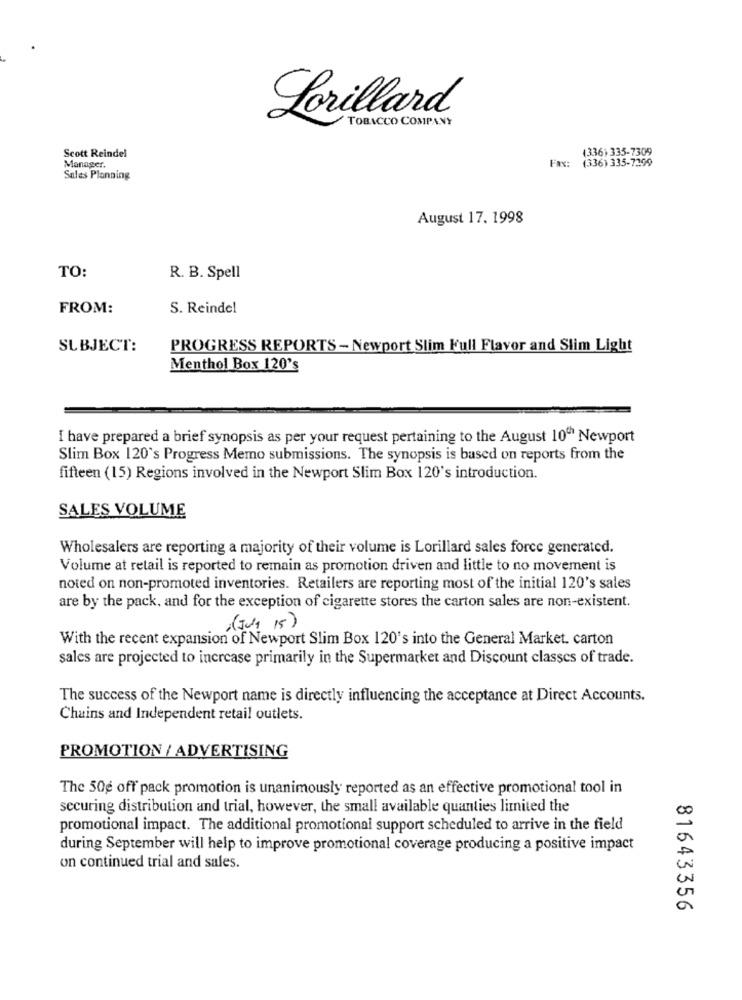
Lorillard
TOBACCO COMPANY
Scott Reindel
(336) 335-7309
Fax:
(336) 335-7299
Manager.
Sales Planning
August 17. 1998
TO:
R. B. Spell
FROM:
S. Reindel
SUBJECT:
PROGRESS REPORTS - Newport Slim Kull Flavor and Slim Light
Menthol Box 120's
I have prepared a brief synopsis as per your request pertaining to the August 10th Newport
Slim Box 120's Progress Memo submissions. The synopsis is based on reports from the
fifteen (15) Regions involved in the Newport Slim Box 120's introduction.
SALES VOLUME
Wholesalers are reporting a majority of their volume is Lorillard sales force generated.
Volume at retail is reported to remain as promotion driven and little to no movement is
noted on non-promoted inventories. Retailers are reporting most of the initial 120's sales
are by the pack, and for the exception of cigarette stores the carton sales are non-existent.
(July 15)
With the recent expansion of Newport Slim Box 120's into the General Market. carton
sales are projected to increase primarily in the Supermarket and Discount classes of trade.
The success of the Newport name is directly influencing the acceptance at Direct Accounts.
Chains and Independent retail outlets.
PROMOTION / ADVERTISING
The 50g off pack promotion is unanimously reported as an effective promotional tool in
securing distribution and trial, however, the small available quanties limited the
promotional impact. The additional promotional support scheduled to arrive in the field
during September will help to improve promotional coverage producing a positive impact
on continued trial and sales.
81643356